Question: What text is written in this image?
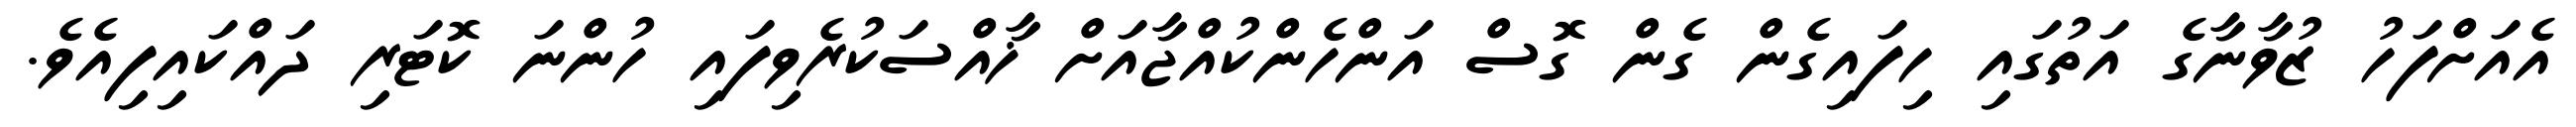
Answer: އެއަށްފަހު ޒުވާނާގެ އަތުގައި ހިފައިގެން ގެން ގޮސް އަންހެންކުއްޖާއަށް ޚާއްސަކުރެވިފައި ހުންނަ ކޮޓަރި ދައްކައިފިއެވެ.